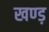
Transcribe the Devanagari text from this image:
खण्ड़